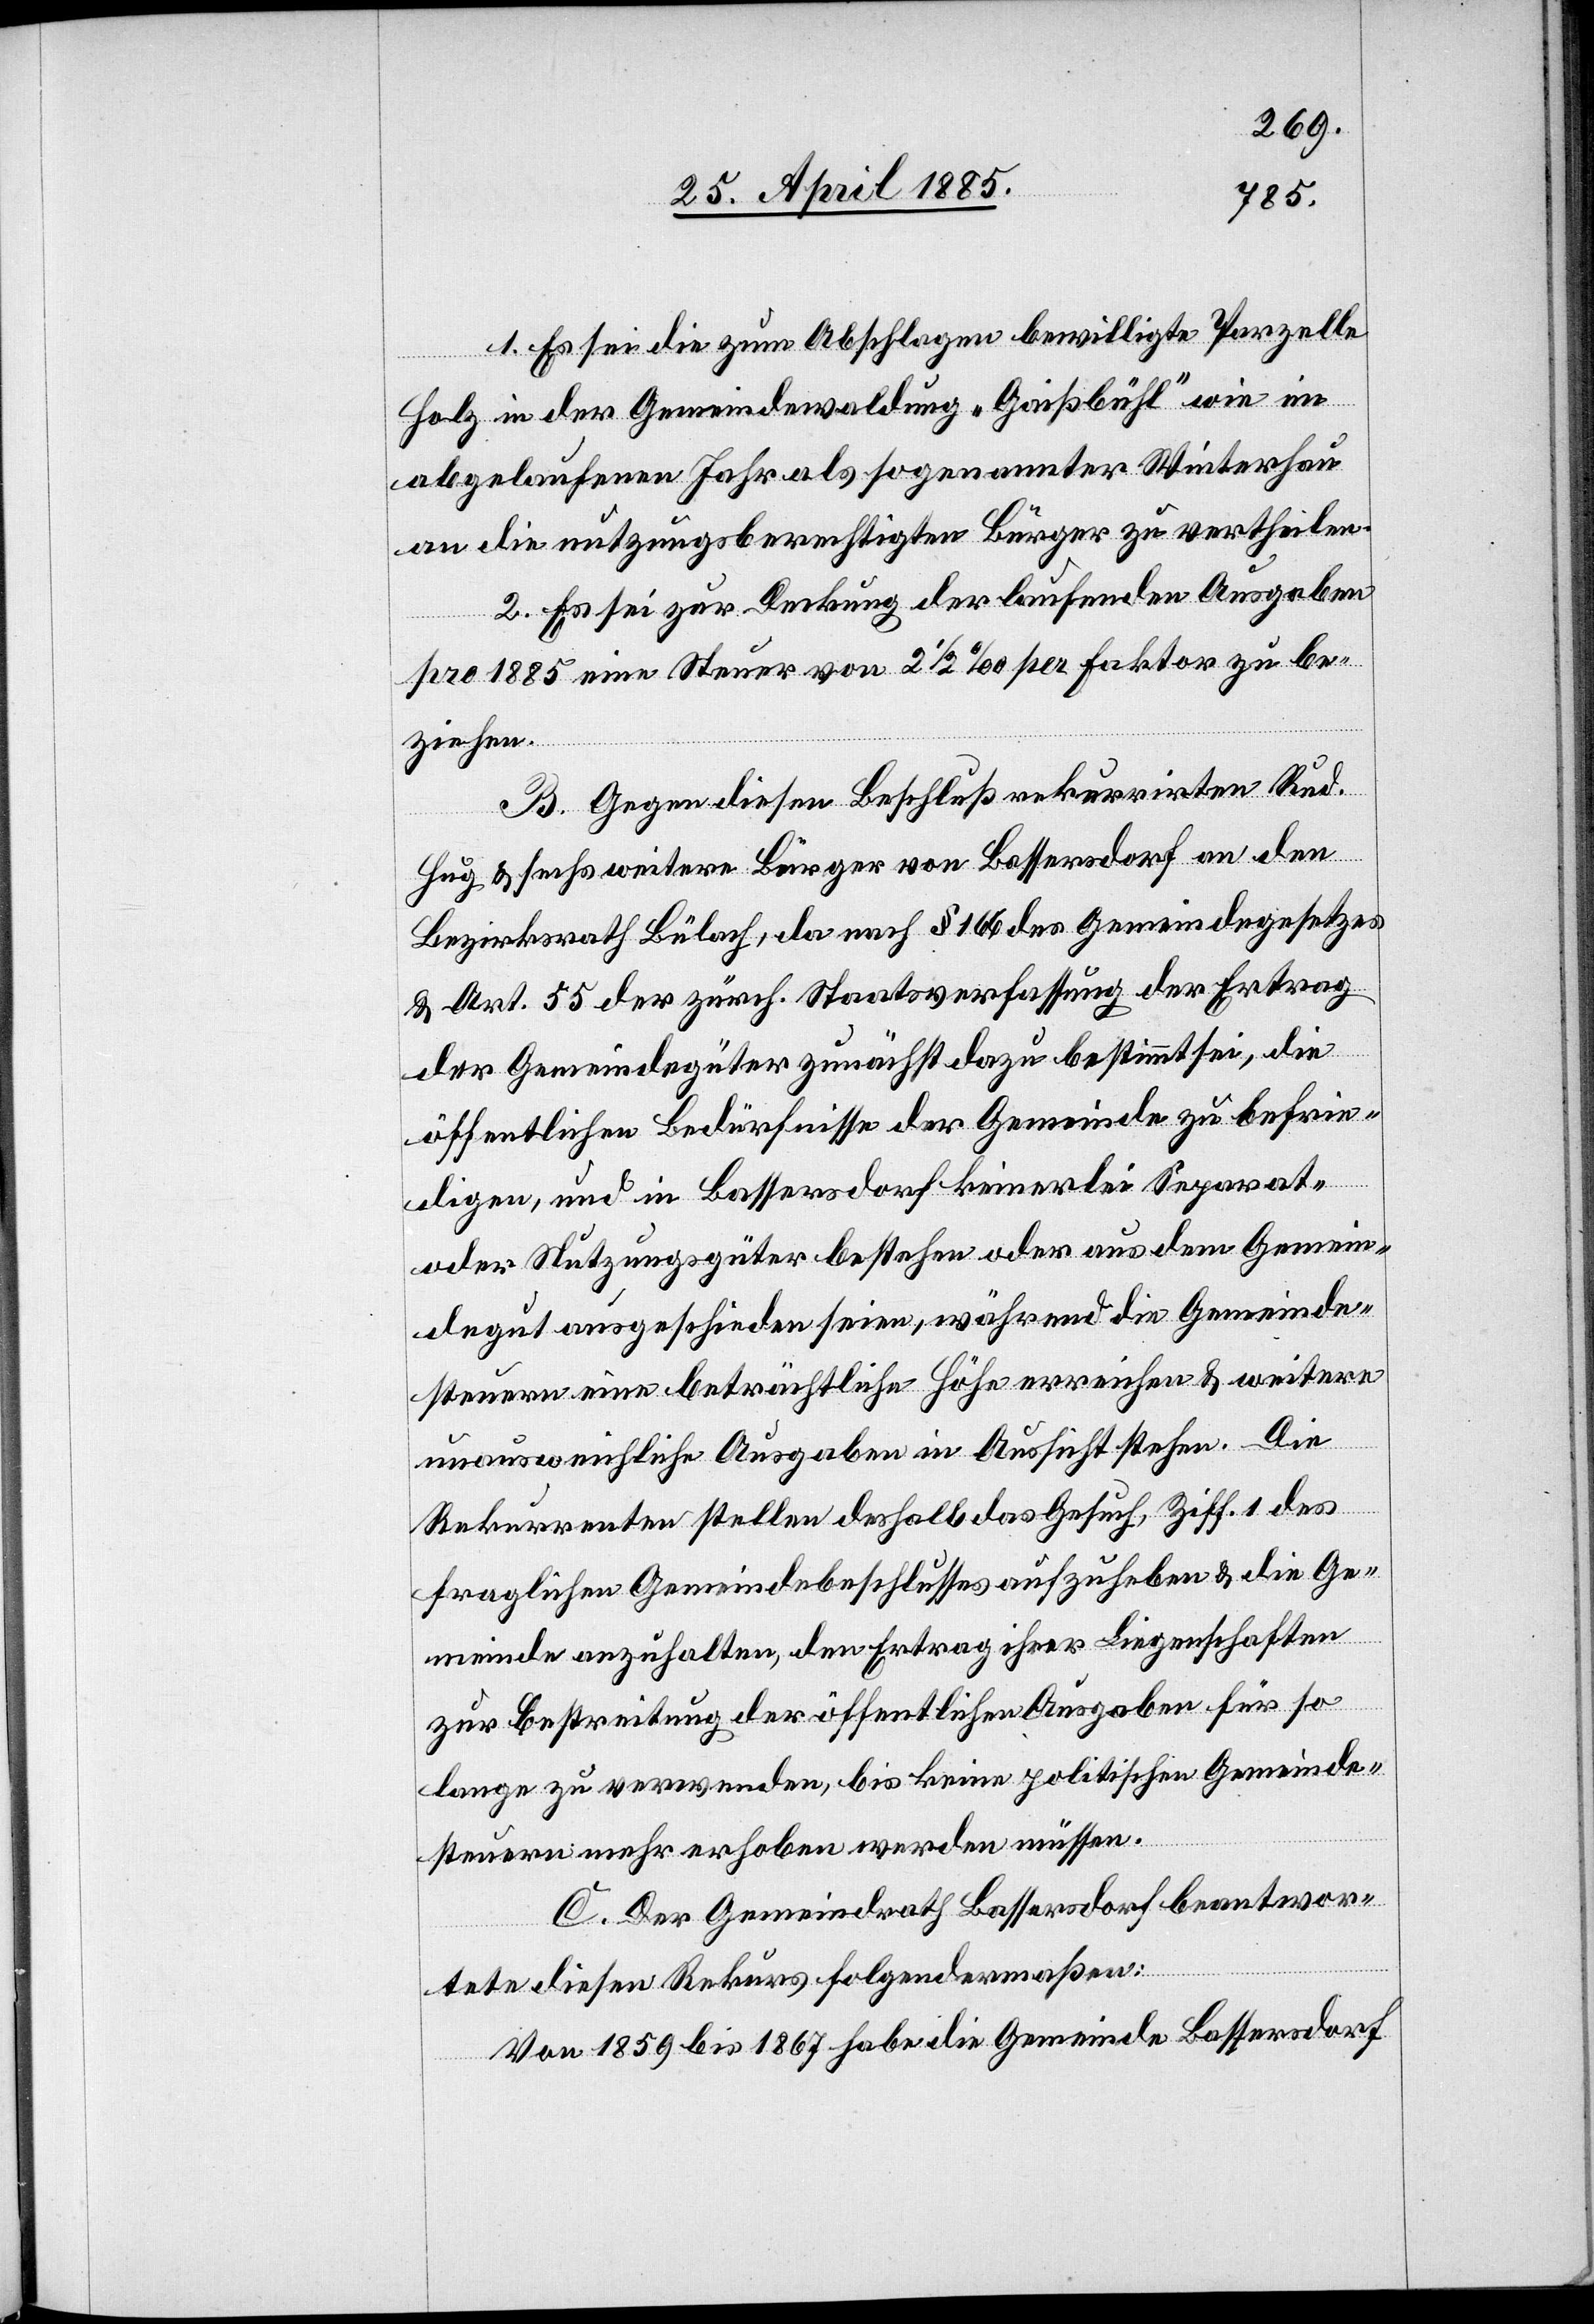
1. Es sei die zum Abschlagen bewilligte Parzelle
Holz in der Gemeindewaldung „Geißbühl“ wie im
abgelaufenen Jahr als sogenannter Winterhau
an die nutzungsberechtigten Bürger zu vertheilen.
2. Es sei zur Deckung der laufenden Ausgaben
pro 1885 eine Steuer von 2 1/2‰ per Faktor zu be¬
ziehen.
B. Gegen diesen Beschluß rekurrirten Rud.
Hug & sechs weitere Bürger von Bassersdorf an den
Bezirksrath Bülach, da nach § 166 des Gemeindegesetzes
& Art. 55 der zürch. Staatsverfassung der Ertrag
der Gemeindegüter zunächst dazu bestimmt sei, die
öffentlichen Bedürfnisse der Gemeinde zu befrie¬
digen, und in Bassersdorf keinerlei Separat-
oder Nutzungsgüter bestehen oder aus dem Gemein¬
degut ausgeschieden seien, während die Gemeinde¬
steuern eine beträchtliche Höhe erreichen & weitere
unausweichliche Ausgaben in Aussicht stehen. Die
Rekurrenten stellen deshalb das Gesuch, Ziff. 1 des
fraglichen Gemeindebeschlusses aufzuheben & die Ge¬
meinde anzuhalten, den Ertrag ihrer Liegenschaften
zur Bestreitung der öffentlichen Ausgaben für so
lange zu verwenden, bis keine politische Gemeinde¬
steuern mehr erhoben werden müssen.
C. Der Gemeindrath Bassersdorf beantwor¬
tete diesen Rekurs folgendermaßen:
Von 1859 bis 1867 habe die Gemeinde Bassersdorf